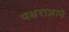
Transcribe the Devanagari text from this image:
यक्षराजाने